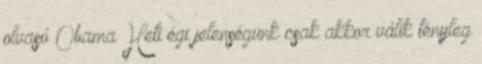
olvasó Obama Heti égi jelenségünk csak akkor válik tényleg